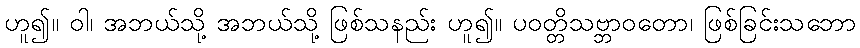
ဟူ၍။ ဝါ၊ အဘယ်သို့ အဘယ်သို့ ဖြစ်သနည်း ဟူ၍။ ပဝတ္တိသဗ္ဘာဝတော၊ ဖြစ်ခြင်းသဘော